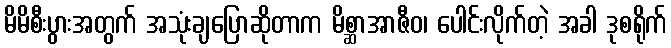
မိမိစီးပွားအတွက် အသုံးချပြောဆိုတာက မိစ္ဆာအာဇီဝ၊ ပေါင်းလိုက်တဲ့ အခါ ဒုစရိုက်